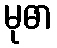
မုဓာ